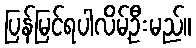
ပြန်မြင်ရပါလိမ့်ဦးမည်။